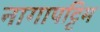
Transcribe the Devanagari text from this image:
नागापट्टिम